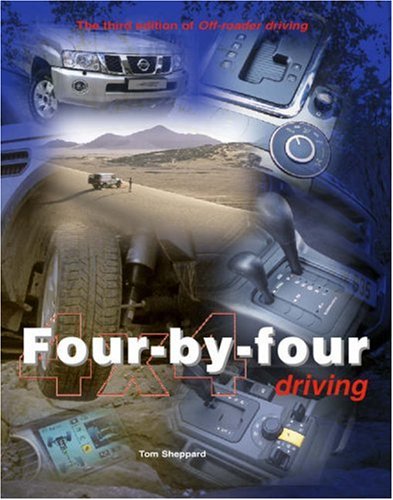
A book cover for Four-by-four Driving: Off-roader Driving; Tom Sheppard; Engineering & Transportation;